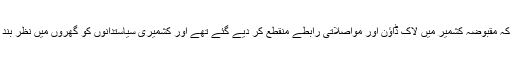
انہوں نے کہا کہ مقبوضہ کشمیر میں لاک ڈاؤن اور مواصلاتی رابطے منقطع کر دیے گئے تھے اور کشمیری سیاستدانوں کو گھروں میں نظر بند کردیا گیا تھا۔